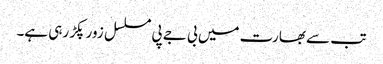
تب سے بھارت میں بی جے پی مسلسل زور پکڑ رہی ہے۔